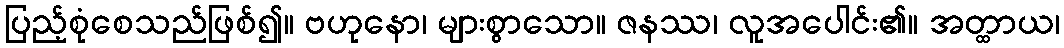
ပြည့်စုံစေသည်ဖြစ်၍။ ဗဟုနော၊ များစွာသော။ ဇနဿ၊ လူအပေါင်း၏။ အတ္ထာယ၊